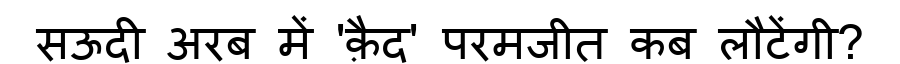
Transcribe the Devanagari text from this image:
सऊदी अरब में 'क़ैद' परमजीत कब लौटेंगी?